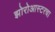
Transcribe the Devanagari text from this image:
झोरोआस्टरचा